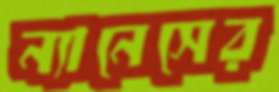
ন্যানেসের